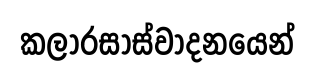
කලාරසාස්වාදනයෙන්